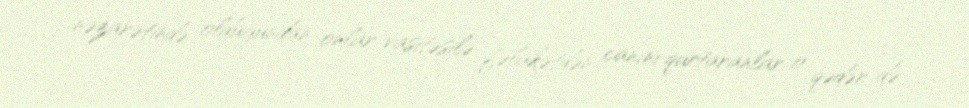
nəzarətində olduğundan onlar vasitəsilə fəlakətdən canını qurtaranlar o qədər də